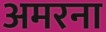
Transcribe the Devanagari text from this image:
अमरना